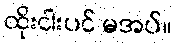
ထိုးငါးပင် မအပ်။